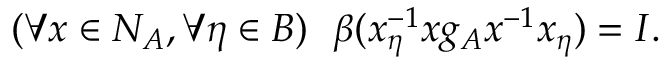
( \forall x \in N _ { A } , \forall \eta \in B ) ~ ~ \beta ( x _ { \eta } ^ { - 1 } x g _ { A } x ^ { - 1 } x _ { \eta } ) = I .